Medical and sanitary report of the native army of Bengal for the year
Year: 1877
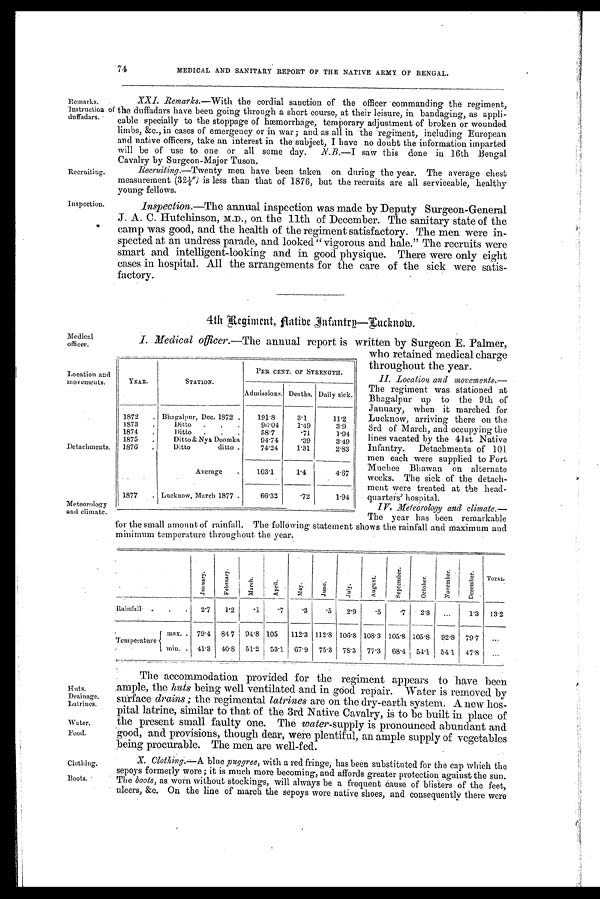
Huts.
Drainage.
Latrines.
Water.
Food.
Clothing.
Boots.
7 74
MEDICAL AND SANITARY REPORT OF THE NATIVE ARMY OF BENGAL.
Remarks.
Instruction of
duffadars.
Recruiting.
Inspection.
XXI. Remarks.—With the cordial sanction of the officer commanding the regiment,
the duffadars have been going through a short course, at their leisure, in bandaging, as appli-
cable specially to the stoppage of hæemorrhage, temporary adjustment of broken or wounded
limbs, &c., in cases of emergency or in war ; and as all in the regiment, including European
and native officers, take an interest in the subject, I have no doubt the information imparted
will be of use to one or all some day. N.B.—I saw this done in 16th Bengal
Cavalry by Surgeon-Major Tuson.
Recruiting.—Twenty men have been taken on during the year. The average chest
measurement (32¼") is less than that of 1876, but the recruits are all serviceable, healthy
young fellows.
Inspection.—The annual inspection was made by Deputy Surgeon-General
J . A . C . H u t c h i n s o n , M . D . , o n t h e 1 1 t h o f D e c e m b e r . T h e s a n i t a r y s t a t e o f t h e
camp was good, and the health of the regiment satisfactory. The men were in-
spected at an undress parade, and looked "vigorous and hale." The recruits were
smart and intelligent-looking and in good physique. There were only eight
cases in hospital. All the arrangements for the care of the sick were satis-
factory.
4th Regiment, Aatibe Infantry—Lucknow.
Medical officer.
Location and
movements.
Detachments.
'Meteorology
and climate.
I. Medical officer.—The annual report is written by Surgeon E. Palmer,
who retained medical charge
throughout the year.
II. Location and movements.—
The regiment was stationed at
Bhagalpur up to the 9th of
January, when it marched for
Lucknow, arriving there on the
3rd of March, and occupying the
lines vacated by the 41st Native
Infantry. Detachments of 101
m e n e a c h w e r e s u p p l i e d t o F o r t
Muchee Bhawan on alternate
weeks. The sick of the detach-
ment were treated at the head-
quarters' hospital.
I V .
M e t e o r o l o g y a n d c l i m a t e . —
The year has been remarkable
for the small amount of rainfall. The following statement shows the rainfall and maximum and
minimum temperature throughout the year.
YEAR.
STATION.
PER CENT. OF STRENGTH.
Admissions. Deaths. Daily sick.
1872
. Bhagalpur, Dec. 1872 .
191.8
3.1
11.2
1873
.
Ditto
.
.
.
96.04
1.49
3.9
1874
.
Ditto
.
. .
58.7
. 7 1
1.94
1875
.
Ditto & Nya Doomka
94.74
. 3 9
3.49
1876
.
Ditto
ditto .
74.24
1.31
2.83
Average
.
103.1
1.4
4.67
1877
. Lucknow, March 1877 .
66.32
. 7 2
1.94
J a n u a r y .
F e b r u a r y .
M a r c h .
A p r i l .
Ma y .
J u n e .
J u l y .
A u g u s t .
S e p t e m b e r .
O c t o b e r .
N o v e m b e r .
December.
T O T A L .
Rainfall .
.
.
2.7
1.2
. 1 .7
.3
.5
2.9
.5
.7
2.3
1.3
13.2
Temperature
max. . 79.4 84 .7 91.8 105
112.3 112.8 106.8 108.3 105.8 105.8
92.8 79.7
min. .
41.3
40.8
51.2
53.1
67.9
75.3
78.3
77.3
68.4
54.1
54.1
47.8
The accommodation provided for the regiment appears to have been
ample, the huts being well ventilated and in good repair. Water is removed by
surface drains ; the regimental latrines are on the dry-earth system. A new hos-
pital latrine, similar to that of the 3rd Native Cavalry, is to be built in place of
the present small faulty one. The water-supply is pronounced abundant and
good, and provisions, though dear, were plentiful, an ample supply of vegetables
being procurable. The men are well-fed.
X. Clothing.—A blue puggree, with a red fringe, has been substituted for the cap which the
sepoys formerly wore ; it is much more becoming, and affords greater protection against the sun.
The boots, as worn without stockings, Will always be a frequent cause of blisters of the feet,
ulcers, &c. on the line of march the sepoys wore native shoes, and consequently there were